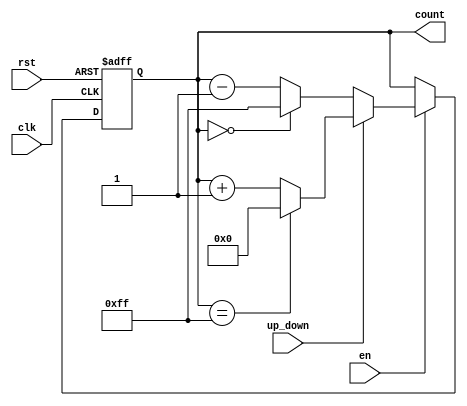
module UpDownCounter #(
    parameter N = 8 // Define the width of the counter (in bits)
)(
    input wire clk,          // Clock input
    input wire rst,          // Asynchronous reset input
    input wire up_down,      // Up/Down control signal (1 for up, 0 for down)
    input wire en,           // Enable signal
    output reg [N-1:0] count // N-bit counter output
);

    // Define the maximum value for the counter
    localparam MAX_COUNT = (1 << N) - 1;

    always @(posedge clk or posedge rst) begin
        if (rst) begin
            count <= 0; // Reset the counter to 0
        end else if (en) begin
            if (up_down) begin
                // Count up
                if (count == MAX_COUNT) begin
                    count <= 0; // Wrap around to 0
                end else begin
                    count <= count + 1; // Increment the counter
                end
            end else begin
                // Count down
                if (count == 0) begin
                    count <= MAX_COUNT; // Wrap around to MAX_COUNT
                end else begin
                    count <= count - 1; // Decrement the counter
                end
            end
        end
    end

endmodule